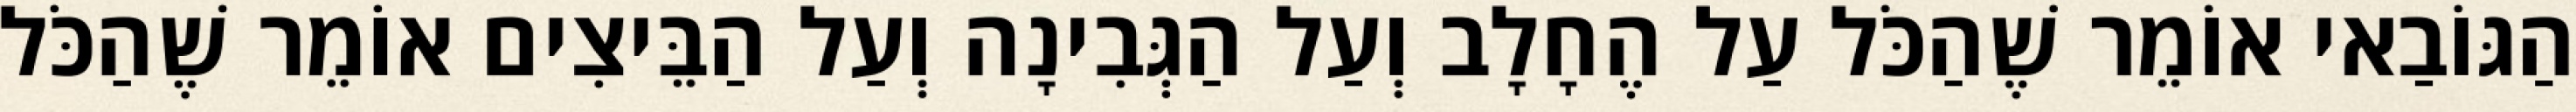
הַגּוֹבַאי אוֹמֵר שֶׁהַכֹּל עַל הֶחָלָב וְעַל הַגְּבִינָה וְעַל הַבֵּיצִים אוֹמֵר שֶׁהַכֹּל